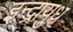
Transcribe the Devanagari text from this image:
इन्द्रायुध